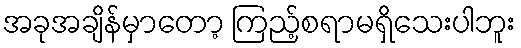
အခုအချိန်မှာတော့ ကြည့်စရာမရှိသေးပါဘူး